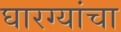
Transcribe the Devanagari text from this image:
घारग्यांचा